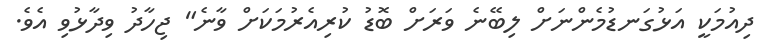
ދިއުމަކީ އަޅުގަނޑުމެންނަށް ލިބޭނެ ވަރަށް ބޮޑު ކުރިއެރުމަކަށް ވާނެ" ޖިހާދު ވިދާޅުވި އެވެ.